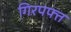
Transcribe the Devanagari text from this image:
गिरपफ्त